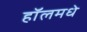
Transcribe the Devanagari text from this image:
हॉलमधे